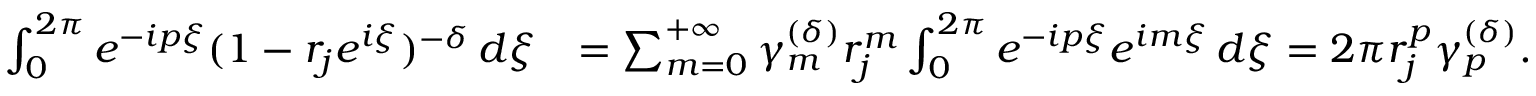
\begin{array} { r l } { \int _ { 0 } ^ { 2 \pi } e ^ { - i p \xi } ( 1 - r _ { j } e ^ { i \xi } ) ^ { - \delta } \, d \xi } & { = \sum _ { m = 0 } ^ { + \infty } \gamma _ { m } ^ { ( \delta ) } r _ { j } ^ { m } \int _ { 0 } ^ { 2 \pi } e ^ { - i p \xi } e ^ { i m \xi } \, d \xi = 2 \pi r _ { j } ^ { p } \gamma _ { p } ^ { ( \delta ) } . } \end{array}